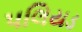
પલિયડ